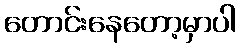
တောင်းနေတော့မှာပါ